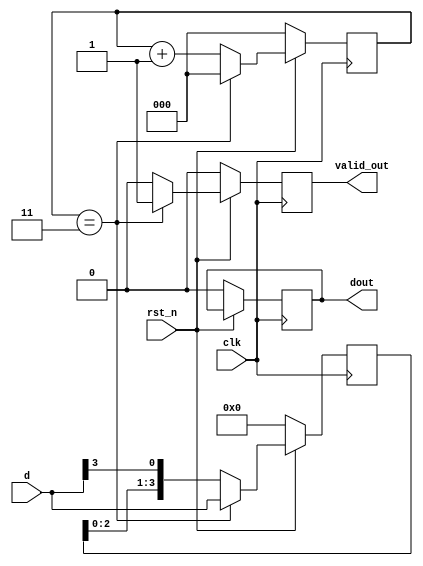
module parallel2serial(
  input wire clk,
  input wire rst_n,
  input wire [3:0] d,
  output wire valid_out,
  output wire dout
);

  reg [2:0] cnt;
  reg [3:0] data;

  always @(posedge clk) begin
    if (rst_n == 0) begin
      cnt <= 0;
      data <= 0;
      valid_out <= 0;
      dout <= 0;
    end else begin
      if (cnt == 3) begin
        cnt <= 0;
        data <= d;
        valid_out <= 1;
      end else begin
        cnt <= cnt + 1;
        data <= {data[2:0], d[3]};
        valid_out <= 0;
      end
    end
  end

  assign dout = data[3];

endmodule